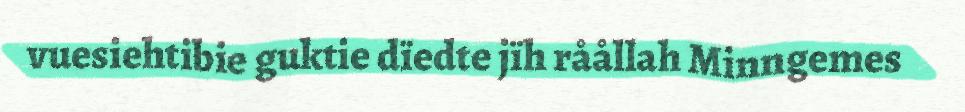
vuesiehtibie guktie dïedte jïh råållah Minngemes